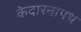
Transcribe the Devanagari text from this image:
केदारनापथ